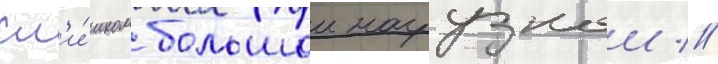
сл'и́шком большои нагрузкои //